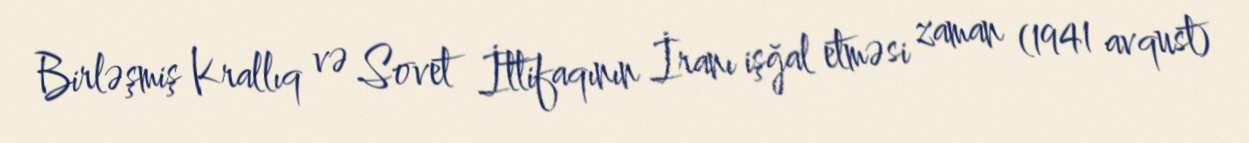
Birləşmiş Krallıq və Sovet İttifaqının İranı işğal etməsi zaman (1941 avqust)